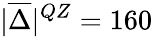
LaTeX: |\overline{{\Delta}}|^{QZ}=160